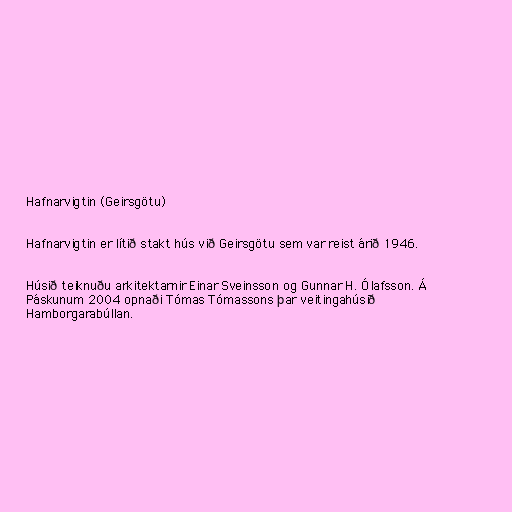
Hafnarvigtin (Geirsgötu)

Hafnarvigtin er lítið stakt hús við Geirsgötu sem var reist árið 1946.

Húsið teiknuðu arkitektarnir Einar Sveinsson og Gunnar H. Ólafsson. Á
Páskunum 2004 opnaði Tómas Tómassons þar veitingahúsið
Hamborgarabúllan.